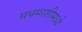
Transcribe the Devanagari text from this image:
मधमाशीमध्ये